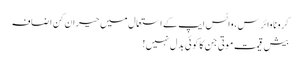
کرونا وائرس، واٹس ایپ کے استعمال میں حیران کن اضافہ
بیش قیمت موتی جن کا کوئی بدل نہیں!